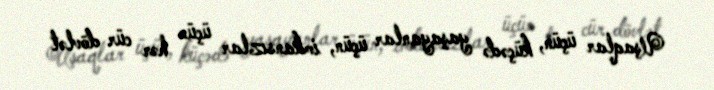
Uşaqlar üçün, küçədə yaşayanlar üçün, imkansızlar üçün hər cür dövlət